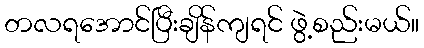
တလရအောင်ပြီးချိန်ကျရင် ဖွဲ့စည်းမယ်။